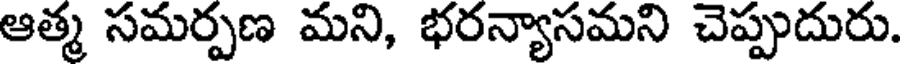
ఆత్మ సమర్పణ మని, భరన్యాసమని చెప్పుదురు.